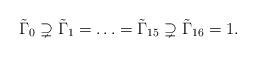
LaTeX: \begin{align*} \tilde{\Gamma}_0 \supsetneq \tilde{\Gamma}_1=\ldots=\tilde{\Gamma}_{15} \supsetneq \tilde{\Gamma}_{16}=1. \end{align*}